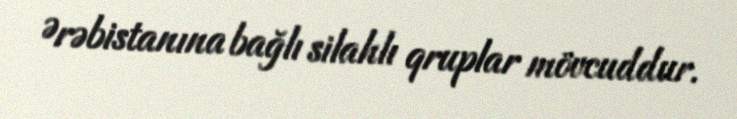
Ərəbistanına bağlı silahlı qruplar mövcuddur.